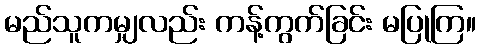
မည်သူကမျှလည်း ကန့်ကွက်ခြင်း မပြုကြ။